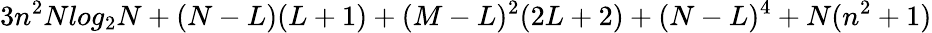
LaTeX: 3n^{2}Nlog_{2}N+(N-L)(L+1)+(M-L)^{2}(2L+2)+(N-L)^{4}+N(n^{2}+1)